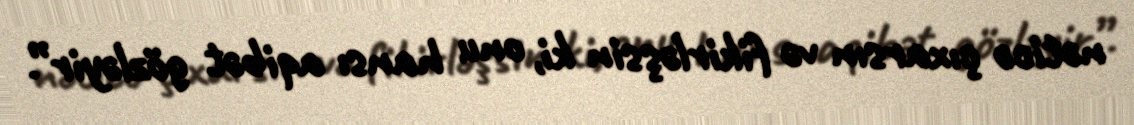
nəticə çıxarsın və fikirləşsin ki, onu hansı aqibət gözləyir”.